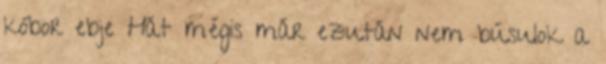
kóbor ebje Hát mégis már ezután nem búsulok a